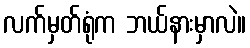
လက်မှတ်ရုံက ဘယ်နားမှာလဲ။